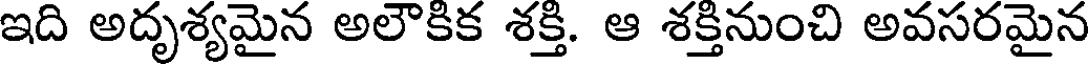
ఇది అదృశ్యమైన అలౌకిక శక్తి. ఆ శక్తినుంచి అవసరమైన